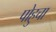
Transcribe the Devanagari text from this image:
पोहुचा